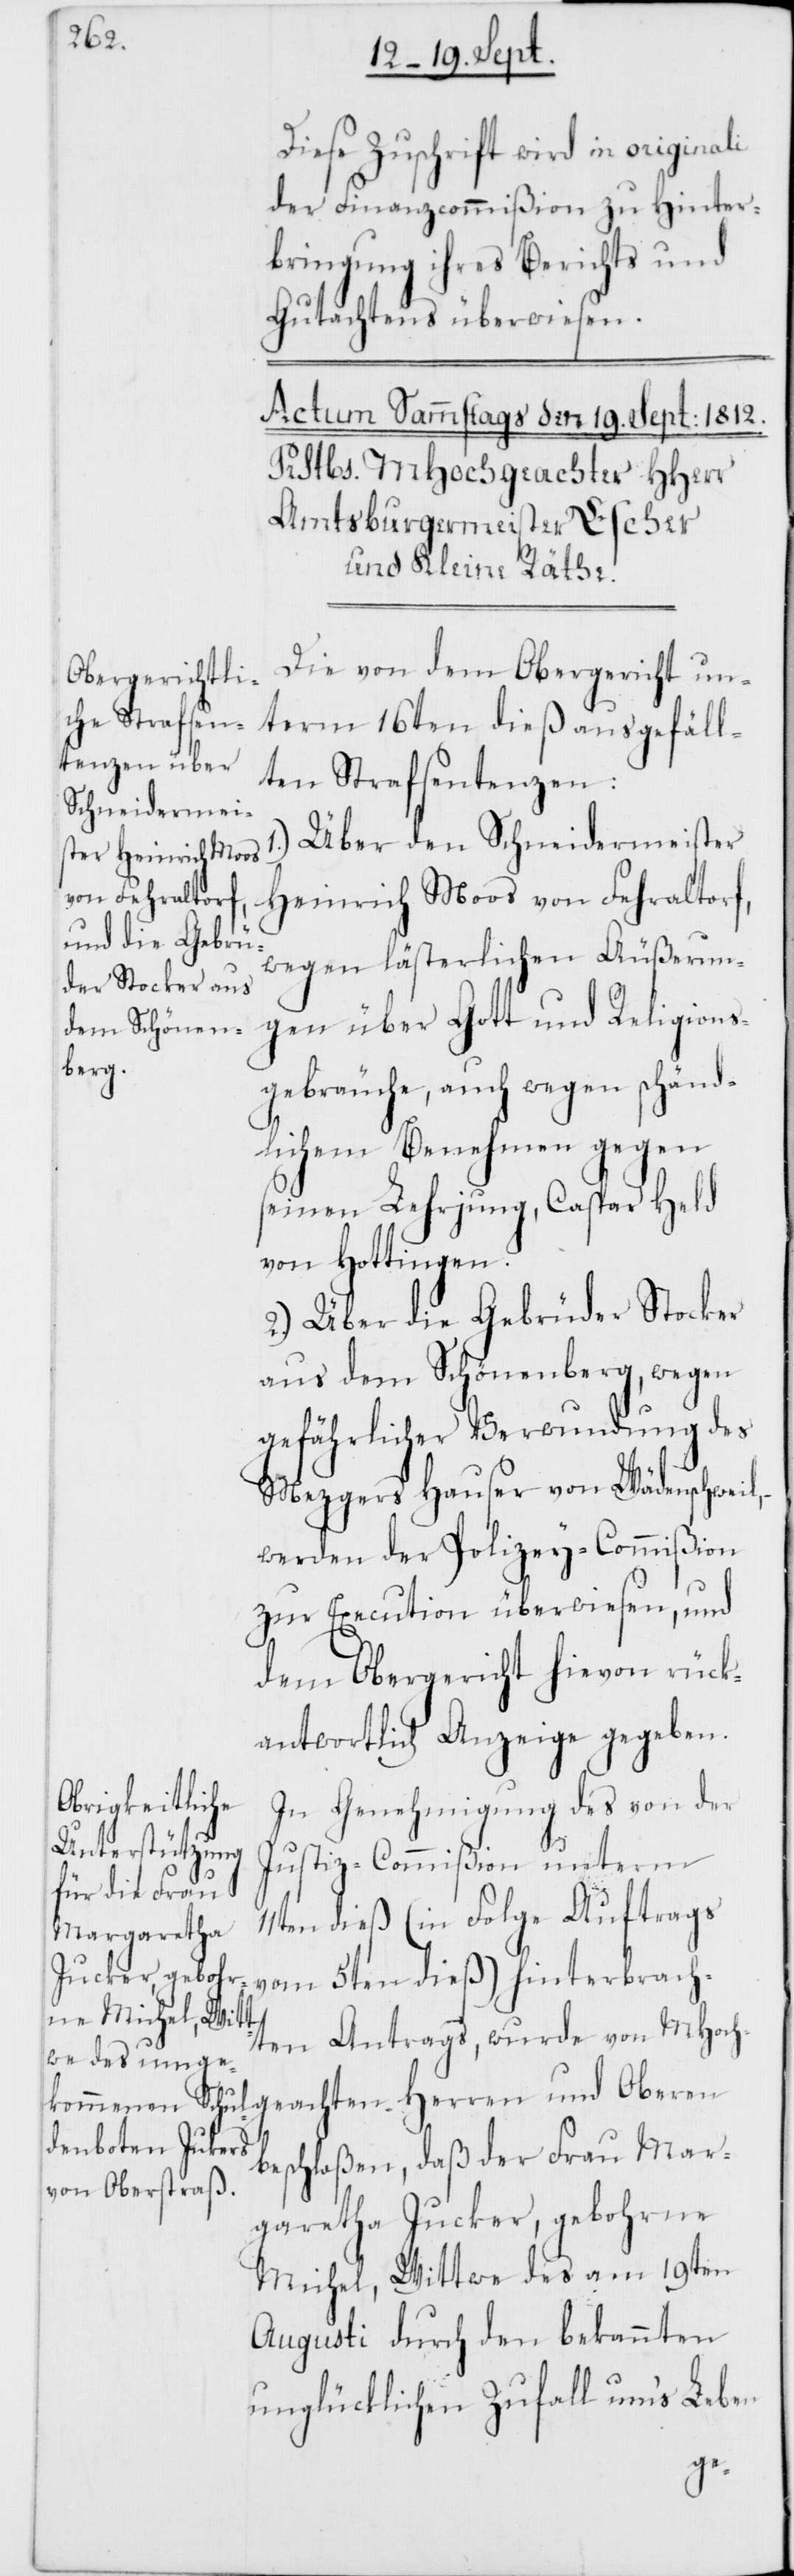
Diese Zuschrift wird in originali
der Finanzcommißion zu Hinter¬
bringung ihres Berichts und
Gutachtens überwiesen.
Die von dem Obergericht un¬
term 16ten dieß ausgefäll¬
ten Strafsentenzen:
Über den Schneidermeister
Heinrich Moos von Fehraltorf,
wegen lästerlichen Äußerun¬
gen über Gott und Religions¬
gebräuche, auch wegen schänd¬
lichem Benehmen gegen
seinen Lehrjung, Caspar Held
von Hottingen.
2.) Über die Gebrüder Stocker
aus dem Schönenberg, wegen
gefährlicher Verwundung des
Mezgers Hauser von Wädenschweil;
werden der Polizey-Commißion
zur Execution überwiesen, und
dem Obergericht hievon rück¬
antwortlich Anzeige gegeben.
In Genehmigung des von der
Justiz-Commißion unterm
11ten dieß (in Folge Auftrags
vom 5ten dieß) hinterbrach¬
ten Antrags, wurde von MHoch¬
geachten Herren und Oberen
beschloßen, daß der Frau Mar¬
garetha Jucker, gebohrne
Michel, Wittwe des am 19ten
Augusti durch den bekannten
unglücklichen Zufall ums Leben